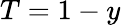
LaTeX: T=1-y